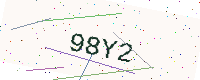
Text: 98Y2